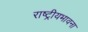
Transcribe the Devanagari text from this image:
राष्ट्रीयभावना